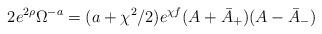
LaTeX: \begin{align*}2e^{2\rho}\Omega^{-a}=(a+\chi^2/2)e^{\chi f}(A+\bar{A}_+)(A-\bar{A}_-)\end{align*}